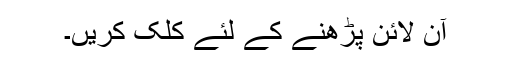
آن لائن پڑھنے کے لئے کلک کریں۔